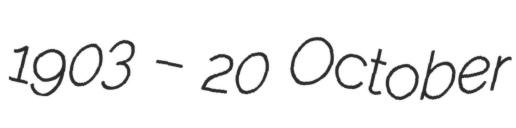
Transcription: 1903 – 20 October